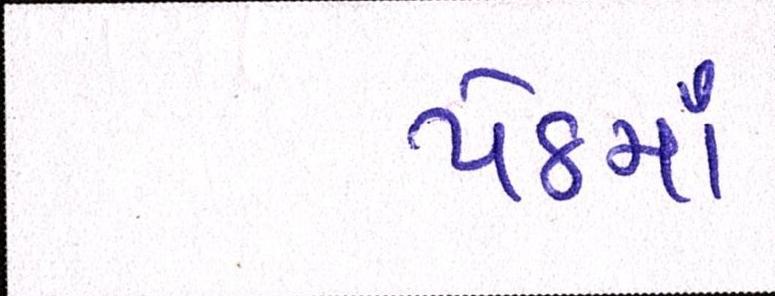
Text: પેઠમાં